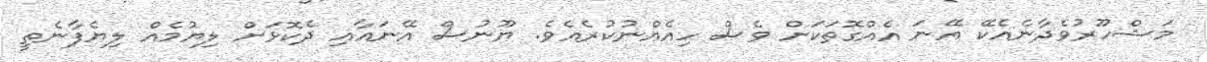
މަޝްހޫރުވެދާނެއެކޭ އޭނަ އެއްގޮތަކަށް ވެސް ހިއެއްނުކުރެއެވެ. ޔޫނުސް އޭނައާއި ދެކޮޅަށް ލިޔުމެއް ލިޔެފާނެތީ